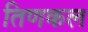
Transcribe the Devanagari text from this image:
तिणकल